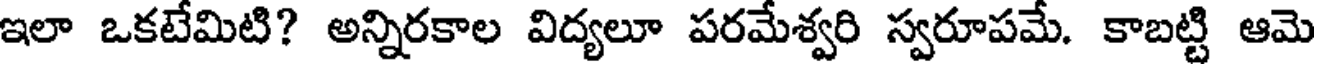
ఇలా ఒకటేమిటి? అన్నిరకాల విద్యలూ పరమేశ్వరి స్వరూపమే. కాబట్టి ఆమె